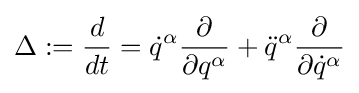
\Delta :={\frac {d}{dt}}={\dot {q}}^{\alpha }{\frac {\partial }{\partial q^{\alpha }}}+{\ddot {q}}^{\alpha }{\frac {\partial }{\partial {\dot {q}}^{\alpha }}}